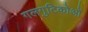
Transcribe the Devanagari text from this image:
गलगुटिकोओं